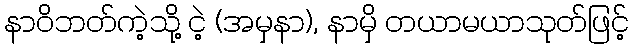
နာဝိဘတ်ကဲ့သို့ ငဲ့ (အမှနာ), နာမှိ တယာမယာသုတ်ဖြင့်